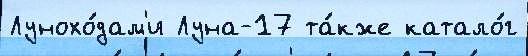
Лунохо́дам'и Луна-17 та́кже катало́г